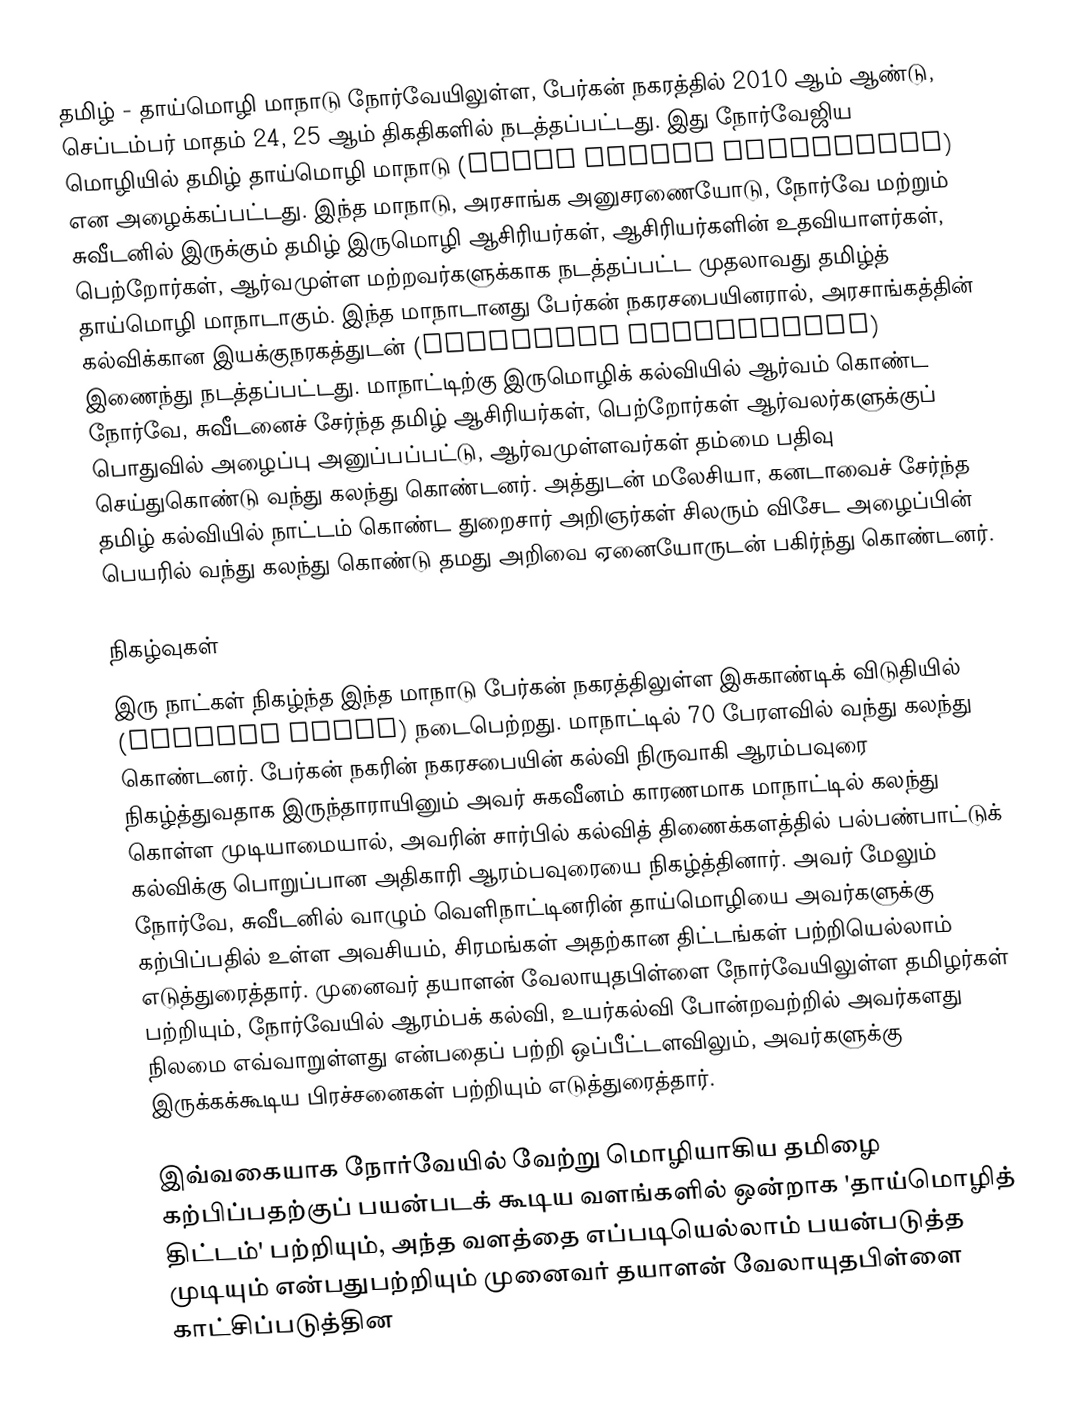
தமிழ் - தாய்மொழி மாநாடு நோர்வேயிலுள்ள, பேர்கன் நகரத்தில் 2010 ஆம் ஆண்டு, செப்டம்பர் மாதம் 24, 25 ஆம் திகதிகளில் நடத்தப்பட்டது. இது நோர்வேஜிய மொழியில் தமிழ் தாய்மொழி மாநாடு (Tamil Morsål Konferense)  என அழைக்கப்பட்டது. இந்த மாநாடு, அரசாங்க அனுசரணையோடு, நோர்வே மற்றும் சுவீடனில் இருக்கும் தமிழ் இருமொழி ஆசிரியர்கள், ஆசிரியர்களின் உதவியாளர்கள், பெற்றோர்கள், ஆர்வமுள்ள மற்றவர்களுக்காக நடத்தப்பட்ட முதலாவது தமிழ்த் தாய்மொழி மாநாடாகும். இந்த மாநாடானது பேர்கன் நகரசபையினரால், அரசாங்கத்தின் கல்விக்கான இயக்குநரகத்துடன் (Education Directorate) இணைந்து நடத்தப்பட்டது. மாநாட்டிற்கு இருமொழிக் கல்வியில் ஆர்வம் கொண்ட நோர்வே, சுவீடனைச் சேர்ந்த தமிழ் ஆசிரியர்கள், பெற்றோர்கள் ஆர்வலர்களுக்குப் பொதுவில் அழைப்பு அனுப்பப்பட்டு, ஆர்வமுள்ளவர்கள் தம்மை பதிவு செய்துகொண்டு வந்து கலந்து கொண்டனர். அத்துடன் மலேசியா, கனடாவைச் சேர்ந்த தமிழ் கல்வியில் நாட்டம் கொண்ட துறைசார் அறிஞர்கள் சிலரும் விசேட அழைப்பின் பெயரில் வந்து கலந்து கொண்டு தமது அறிவை ஏனையோருடன் பகிர்ந்து கொண்டனர்.

நிகழ்வுகள்
இரு நாட்கள் நிகழ்ந்த இந்த மாநாடு பேர்கன் நகரத்திலுள்ள இசுகாண்டிக் விடுதியில் (Scandic Hotel) நடைபெற்றது. மாநாட்டில் 70 பேரளவில் வந்து கலந்து கொண்டனர். பேர்கன் நகரின் நகரசபையின் கல்வி நிருவாகி ஆரம்பவுரை நிகழ்த்துவதாக இருந்தாராயினும் அவர் சுகவீனம் காரணமாக மாநாட்டில் கலந்து கொள்ள முடியாமையால், அவரின் சார்பில் கல்வித் திணைக்களத்தில் பல்பண்பாட்டுக் கல்விக்கு பொறுப்பான அதிகாரி ஆரம்பவுரையை நிகழ்த்தினார். அவர் மேலும் நோர்வே, சுவீடனில் வாழும் வெளிநாட்டினரின் தாய்மொழியை அவர்களுக்கு கற்பிப்பதில் உள்ள அவசியம், சிரமங்கள் அதற்கான திட்டங்கள் பற்றியெல்லாம் எடுத்துரைத்தார். முனைவர் தயாளன் வேலாயுதபிள்ளை நோர்வேயிலுள்ள தமிழர்கள் பற்றியும், நோர்வேயில் ஆரம்பக் கல்வி, உயர்கல்வி போன்றவற்றில் அவர்களது நிலமை எவ்வாறுள்ளது என்பதைப் பற்றி ஒப்பீட்டளவிலும், அவர்களுக்கு இருக்கக்கூடிய பிரச்சனைகள் பற்றியும் எடுத்துரைத்தார்.

இவ்வகையாக நோர்வேயில் வேற்று மொழியாகிய தமிழை கற்பிப்பதற்குப் பயன்படக் கூடிய வளங்களில் ஒன்றாக 'தாய்மொழித் திட்டம்' பற்றியும், அந்த வளத்தை எப்படியெல்லாம் பயன்படுத்த முடியும் என்பதுபற்றியும் முனைவர் தயாளன் வேலாயுதபிள்ளை காட்சிப்படுத்தின